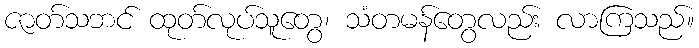
ဇာတ်သဘင် ထုတ်လုပ်သူတွေ၊ သံတမန်တွေလည်း လာကြသည်။